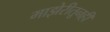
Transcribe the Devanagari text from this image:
माझेरीतूनही